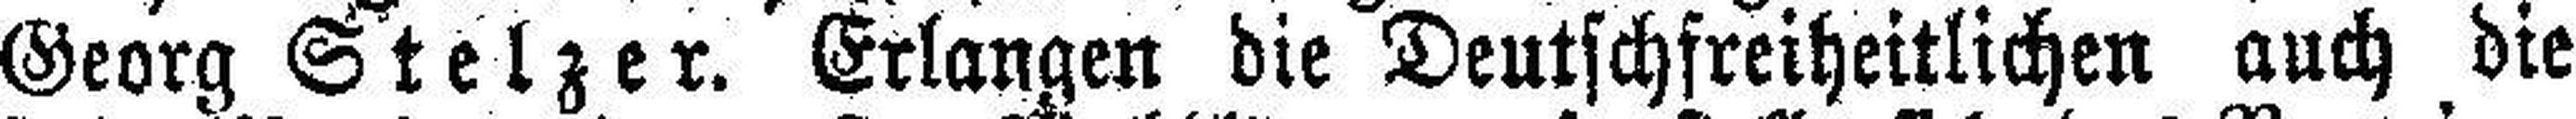
Georg Stelzer. Erlangen die Deutschfreiheitlichen auch die